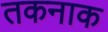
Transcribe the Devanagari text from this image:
तकनाक